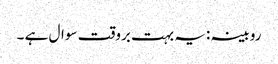
روبینہ :یہ بہت بروقت سوال ہے ۔